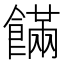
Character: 𩞘